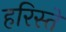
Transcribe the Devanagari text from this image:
हरिस्ते